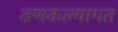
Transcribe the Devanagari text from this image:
ठणकल्यागत